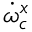
\dot { \omega } _ { c } ^ { x }